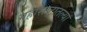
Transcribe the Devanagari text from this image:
महाराष्‍ट्रातल्या